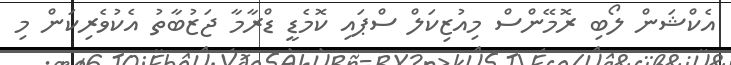
އެކްޝަން ލޯބި ރޮމޭންސް މިއުޒިކަލް ސްޕައި ކޮމެޑީ ޑްރާމާ ޖަޒުބާތު އެކުވެރިކަން މި